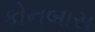
કોનબાસ